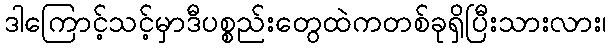
ဒါကြောင့်သင့်မှာဒီပစ္စည်းတွေထဲကတစ်ခုရှိပြီးသားလား၊